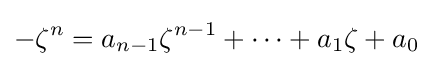
-\zeta ^{n}=a_{n-1}\zeta ^{n-1}+\cdots +a_{1}\zeta +a_{0}